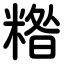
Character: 糌